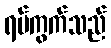
ရပ်ကွက်သည်